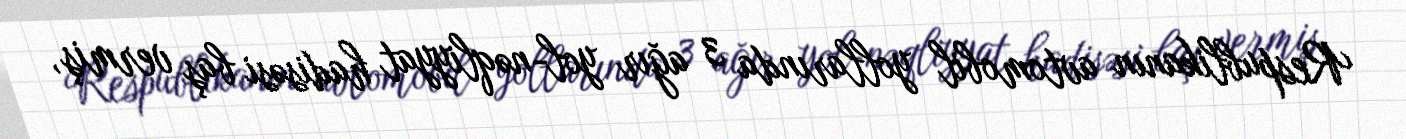
Respublikanın avtomobil yollarında 3 ağır yol-nəqliyyat hadisəsi baş vermiş,